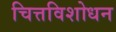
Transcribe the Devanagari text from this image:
चित्तविशोधन